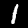
Digit: 1